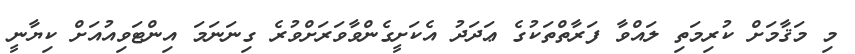
މި މަޤާމަށް ކުރިމަތި ލައްވާ ފަރާތްތަކުގެ ޢަދަދު އެކަށީގެންވާވަރަށްވުރެ ގިނަނަމަ އިންޓަވިއުއަށް ކިޔާނީ